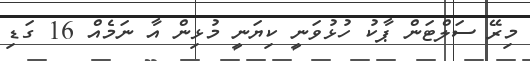
މިރޭ ސަލްޓަން ޕާކު ހުޅުވަނީ ކިޔަނީ މުޅިން އާ ނަމެއް 16 ގަޑި